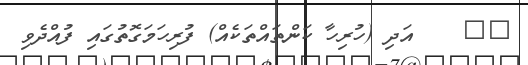
٣٧    އަދި (ހުރިހާ ކަންތައްތަކެއް) ފުރިހަމަގޮތުގައި ފުއްދެވި